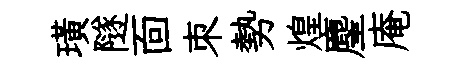
璜隧靣朿勢煌麈庵